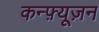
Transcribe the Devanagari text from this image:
कन्फ़्यूज़न